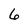
Character: 6